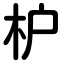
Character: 枦